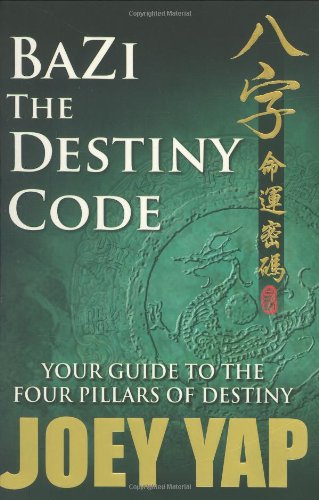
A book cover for BaZi- The Destiny Code: Your Guide to the Four Pillars of Destiny; Joey Yap; Religion & Spirituality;